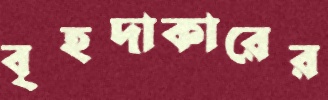
বৃহদাকারের